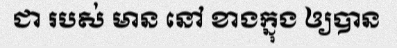
ជា របស់ មាន នៅ ខាងក្នុង ឲ្យបាន